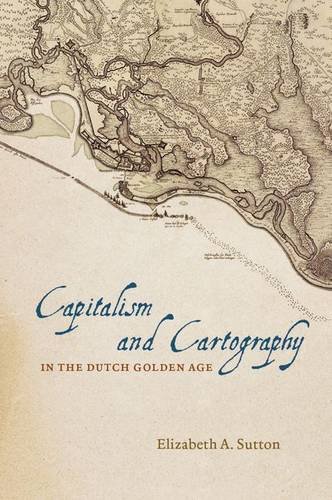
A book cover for Capitalism and Cartography in the Dutch Golden Age; Elizabeth A. Sutton; History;